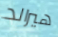
هيرالد